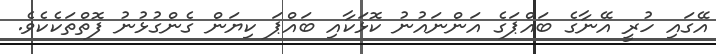
އޭގައި ހުރީ އޭނާގެ ބައްޕަގެ އަންނައުނު ކޮޅަކާއި ބައްޕަ ކިޔަން ގެންގުޅުނު ފޮތްތަކެކެވެ.